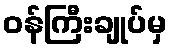
ဝန်ကြီးချုပ်မှ